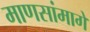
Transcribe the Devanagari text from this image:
माणसांमागे